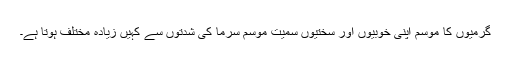
گرمیوں کا موسم اپنی خوبیوں اور سختیوں سمیت موسم سرما کی شدتوں سے کہیں زیادہ مختلف ہوتا ہے۔